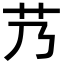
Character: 艿